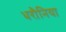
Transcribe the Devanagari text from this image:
धरौनिया